Mental hospitals Bombay report 1929-33 - 1929-1933
Year: 1929
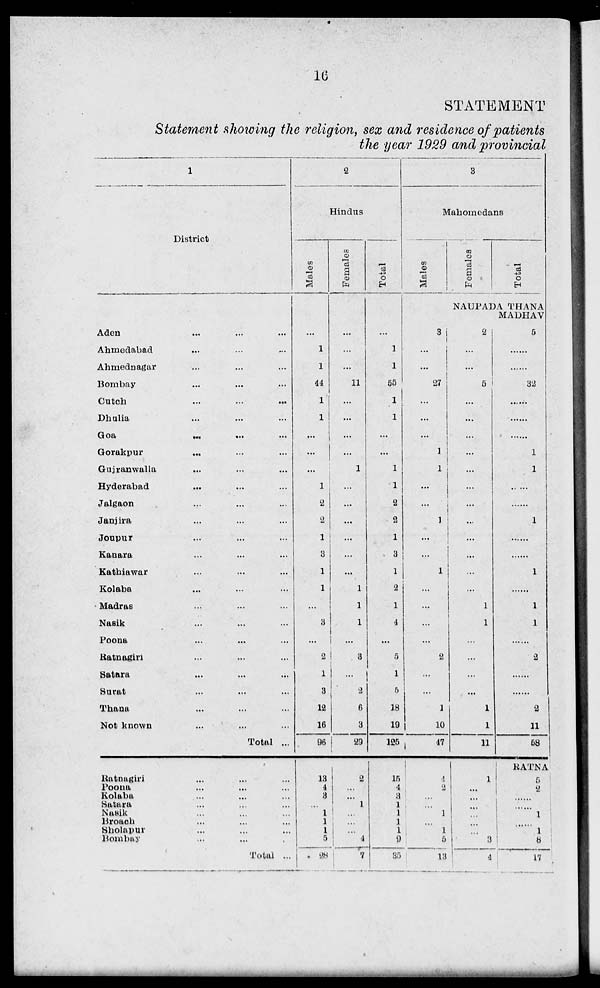
16
STATEMENT
Statement showing the religion, sex and residence of patients
the year 1929 and provincial
1
District
Aden ... ... ...
Ahmedabad ... ... ...
Ahmednagar ... ... ...
Bombay ... ... ...
Cutch ... ... ...
Dhulia ... ... ...
Goa
...
...
...
Gorakpur ... ... ...
Gujranwalla ... ... ...
Hyderabad ... ... ...
Jalgaon ... ... ...
Janjira ... ... ...
Joupur ... ... ...
Kanara ... ... ...
Kathiawar ... ... ...
Kolaba ... ... ...
Madras ... ... ...
Nasik ... ... ...
Poona ... ... ...
Ratnagiri ... ... ...
Satara ... ... ...
Surat ... ... ...
Thana ... ... ...
Not known ... ... ...
Total ...
Ratnagiri ... ... ...
Poona ... ... ...
Kolaba ... ... ...
Satara ... ... ...
Nasik ... ... ...
Broach ... ... ...
Sholapur ... ... ...
Bombay ... ... ...
Total ...
2
Hindus
Males
...
1
1
44
1
1
...
...
...
1
2
2
1
3
1
1
...
3
...
2
1
3
12
16
96
13
4
3
...
1
1
1
5
28
Females
...
...
...
11
...
...
...
...
1
...
...
...
...
...
...
1
1
1
...
3
...
2
6
3
29
2
...
...
1
...
...
...
4
7
Total
...
1
1
55
1
1
...
...
1
1
2
2
1
3
1
2
1
4
...
5
1
5
18
19
125
15
4
3
1
1
1
1
9
35
3
Mahomedans
Males
3
...
...
27
...
...
...
1
1
...
...
1
...
...
1
...
...
...
...
2
...
...
1
10
47
4
2
...
...
1
...
1
5
13
Females
Total
NAUPADA THANA
MADHAV
2
...
...
5
...
...
...
...
...
...
...
...
...
...
...
...
1
1
...
...
...
...
1
1
11
1
...
...
...
...
...
...
3
4
5
......
......
32
......
......
...
1
1
......
......
1
......
......
1
......
1
1
......
2
......
...
2
11
58
RATNA
5
2
1
1
8
17